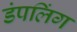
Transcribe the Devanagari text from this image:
डंपलिंग